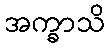
အက္ခာသိ